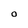
Character: o